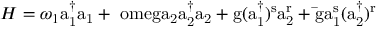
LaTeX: H = \omega _ { 1 } \mathrm { a _ { 1 } ^ { \dagger } a _ { 1 } + \ o m e g a _ { 2 } \mathrm { a _ { 2 } ^ { \dagger } a _ { 2 } + \mathrm { g ( a _ { 1 } ^ { \dagger } ) ^ { s } a _ { 2 } ^ { r } + \bar { \mathrm { g } } a _ { 1 } ^ { s } ( a _ { 2 } ^ { \dagger } ) ^ { r } } } }